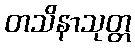
တသိနာသုတ္တ